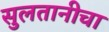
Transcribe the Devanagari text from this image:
सुलतानीचा